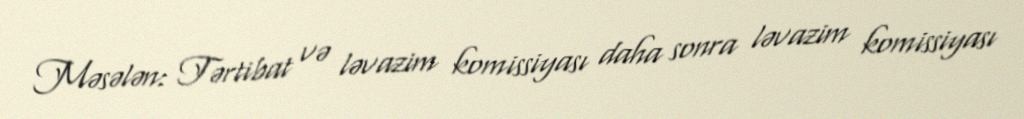
Məsələn: Tərtibat və ləvazim komissiyası daha sonra ləvazim komissiyası